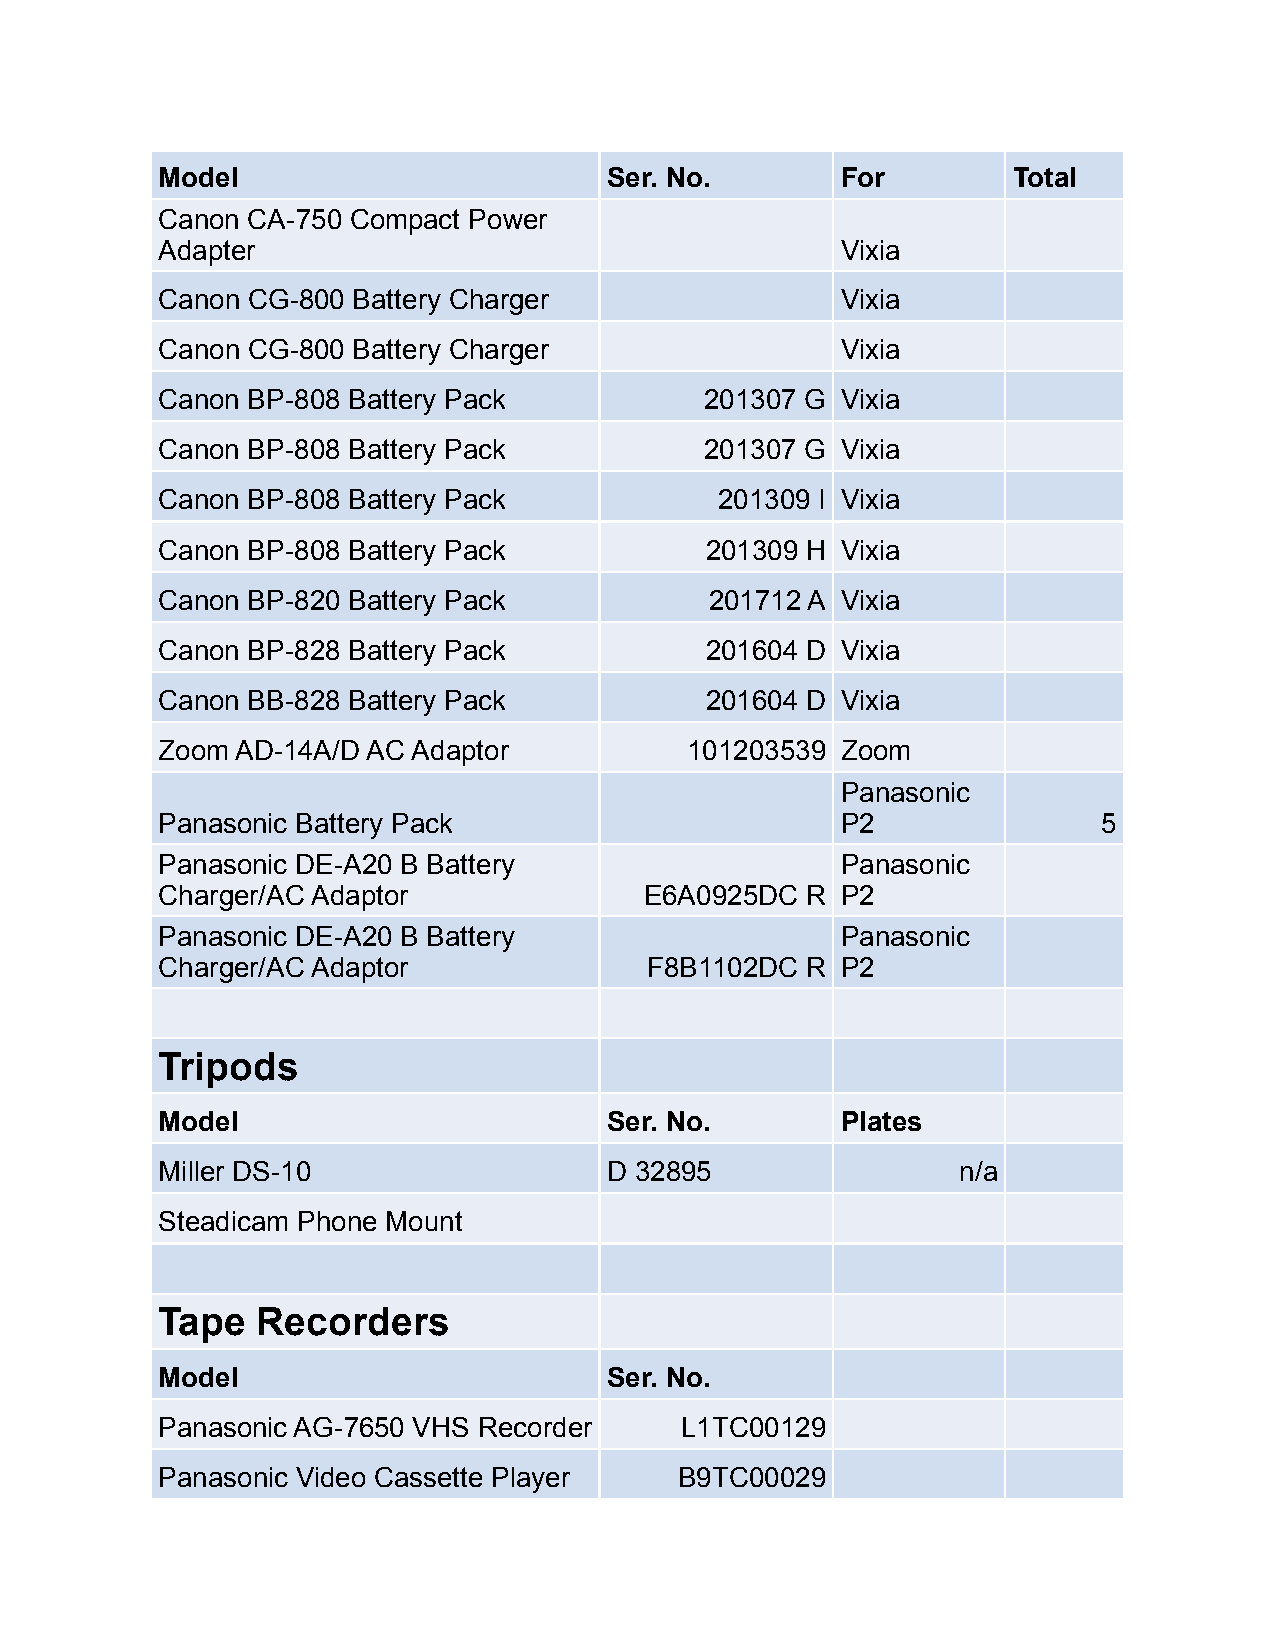
Model                         Ser. No.        For        Total
 Canon CA-750 Compact Power
 Adapter                                       Vixia
 Canon CG-800 Battery Charger                  Vixia
 Canon CG-800 Battery Charger                  Vixia
 Canon BP-808 Battery Pack            201307 G Vixia
 Canon BP-808 Battery Pack            201307 G Vixia
 Canon BP-808 Battery Pack             201309 I Vixia
 Canon BP-808 Battery Pack            201309 H Vixia
 Canon BP-820 Battery Pack            201712 A Vixia
 Canon BP-828 Battery Pack            201604 D Vixia
 Canon BB-828 Battery Pack            201604 D Vixia
 Zoom  AD-14A/D AC Adaptor          101203539  Zoom
 Panasonic
 Panasonic Battery Pack                        P2               5
 Panasonic DE-A20 B Battery                    Panasonic
 Charger/AC Adaptor               E6A0925DC R  P2
 Panasonic DE-A20 B Battery                    Panasonic
 Charger/AC Adaptor               F8B1102DC R  P2
 Tripods
 Model                         Ser. No.        Plates
 Miller DS-10                  D 32895                 n/a
 Steadicam Phone Mount
 Tape   Recorders
 Model                         Ser. No.
 Panasonic AG-7650 VHS Recorder     L1TC00129
 Panasonic Video Cassette Player    B9TC00029